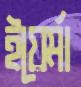
ইয়ের্মা